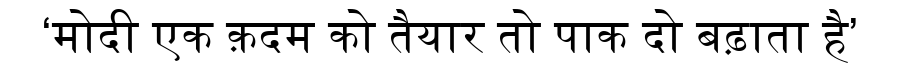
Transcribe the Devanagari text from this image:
‘मोदी एक क़दम को तैयार तो पाक दो बढ़ाता है’